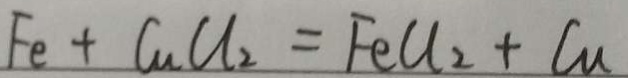
F e + C u C l _ { 2 } = F e C l _ { 2 } + C u